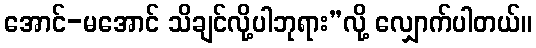
အောင်-မအောင် သိချင်လို့ပါဘုရား”လို့ လျှောက်ပါတယ်။